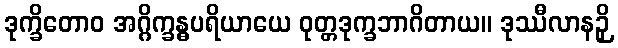
ဒုက္ခိတောဝ အဂ္ဂိက္ခန္ဓပရိယာယေ ဝုတ္တဒုက္ခဘာဂိတာယ။ ဒုဿီလာနဉှိ